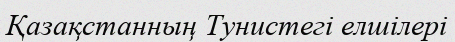
Қазақстанның Тунистегі елшілері